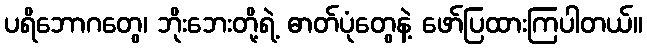
ပရိဘောဂတွေ၊ ဘိုးဘေးတို့ရဲ့ ဓာတ်ပုံတွေနဲ့ ဖော်ပြထားကြပါတယ်။